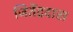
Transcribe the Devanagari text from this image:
जितेंद्रदास